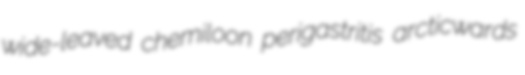
wide-leaved chemiloon perigastritis arcticwards